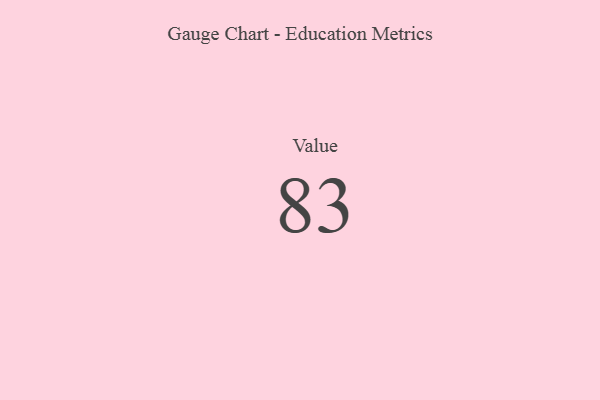
{"axis": {"x": "Metric", "y": "Value"}, "legend": [""], "data": [{"x": "Value", "y": 83, "type": ""}]}